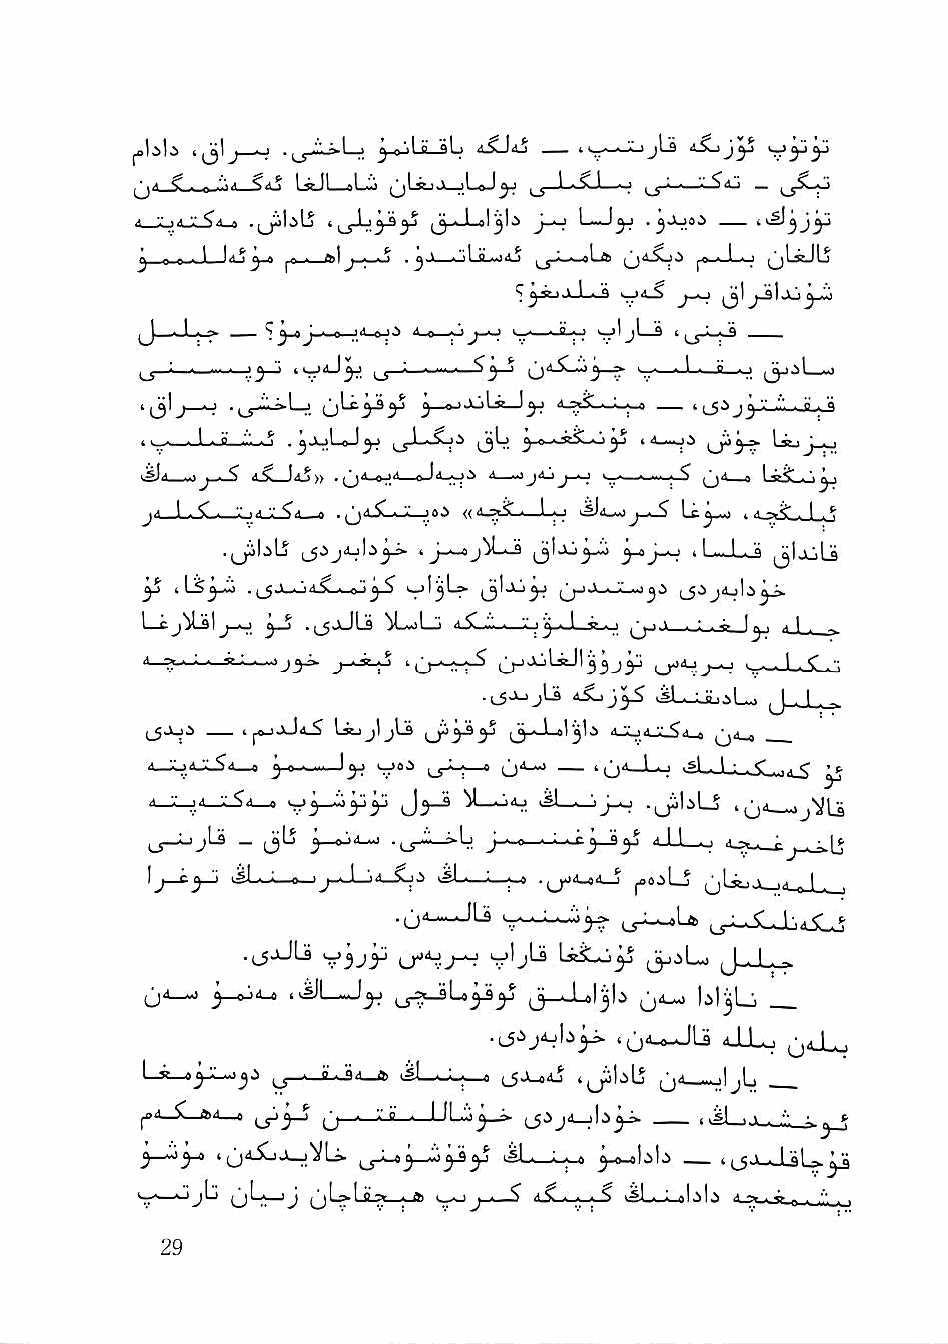
jjLs 4.sL)J^
 ) ,   ^ Q >1 O  AJ  i\
 $ . „ :\a Siiji LLs^eLJ^L-La^Lji ^jLijj^LoJ^ 1^ 1I n V 1 n > n ■—'•'_5aJ _
 ,1 •• .A V . .^liLj 4^_yXj^^ J-O L-J^ . ^jLJ8,i 44£!^J^
 ^ n n • ^ ^ ^ 4 ^. . ftil ^ ^ . ^, V . il fl 4.1 ^LscJLj
 'i^JuO-L.-S 4J<lS j^ ijl
 j_J^  —  '^i->
 '—'..' ig ■ > 4«jrj^i_f —
 -J 4 jJ ^       >^_5      I
 (jLc^^ ^ 0jJoLi_J^ «i-at^Lww-« 4 [_5-'^ J j '-' ■'■■ ■ p" ■ '4
 4d.—ji   LijJ_J_|
 v^il—.0^^^-4-S d5LJdj» • ijd_»j4__oJd_jji d—jdjj_o Qd__e LiSLfcj^
 J< 1 C . '.' .,1 .' *?> . ^■< ^ . V -«> ((d^a^Li Lo 4^d_-4)j_^ I f J ■ . d -.if . ( j
 .ijjbLj (_5J jdjb^ 4 J_._< j!iL-.a jjlajyJo ^J—j i L—Lj ^lajLs
 ^  4   .i_$a->jd'C . o'i >.jI^L»    t_5'^
 l—cj'iLal j_o ^ .(jjJLs ^L-oLj j..-L-R.o   ^ I . -
 .^a_.jU    .sL_UL.iLo J ■ 1 . -
 l_5JUi 4 ^^4.^ LstjjljLs      dJUd_lLSd_e ^j4_o __
 4—•■.j/-V-$J—> ^ \yi 4J0i —e 0''-~' ' ij*—^ -^1 ■ Ij-bLjd-S ^
 d-jL-id_jL$d^    J^-s     JL-^j—; .jibLS 4(jd—
 U-JjjLs _ (3^   • ,_J--- >Lj J-« O . ■ .J j_Sy al l . ■ ^ -. . ^
 45L_L_^ .|jOd_cd_S
 .^jJU y3ji^                (3j.iL40 J ■ I -
 ^jd_-o ^_eJ>d-« .vfL-.J^ ,_J.^U3-S^ j3—j-al^b bl^Li
 .i_5.ijdjb3^ 4Q4.0-JU jXj ^jdI
 l—K a^JiL^a^ J               i^j5l:iL5 (jd_4»j|jL
 ^d_SLft4_8  J  . g 4 I IL;^3^ (J0jd_jb3^ .4il--..i ■ .-:■.
 '■ ■■* ' I jLii 1 4 ii J -.la-. ■ dK ^ 4^ ii^bb